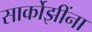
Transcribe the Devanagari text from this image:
सार्कोझींना